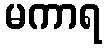
မကာရ